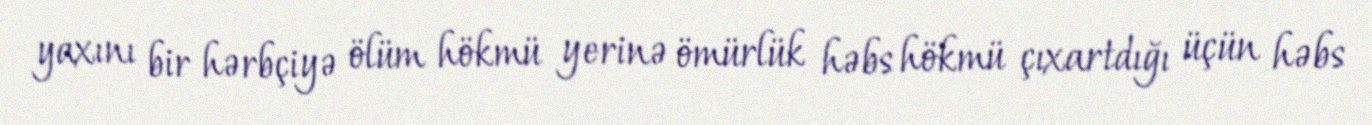
yaxını bir hərbçiyə ölüm hökmü yerinə ömürlük həbs hökmü çıxartdığı üçün həbs